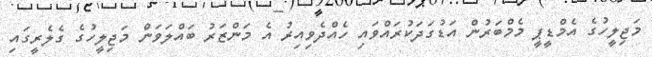
މަޖިލީހުގެ އެމްޑީޕީ މެމްބަރުން އަޑުގަދަކުރައްވައި ހެއްދެވިއިރު އެ މަންޒަރު ބައްލަވަން މަޖިލީހުގެ ގެލެރީގައި